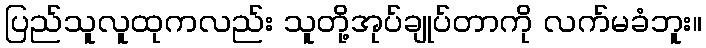
ပြည်သူလူထုကလည်း သူတို့အုပ်ချုပ်တာကို လက်မခံဘူး။